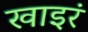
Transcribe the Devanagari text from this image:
खाइरं